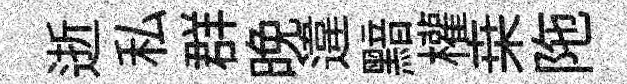
逝私群晩違黯權桒陁